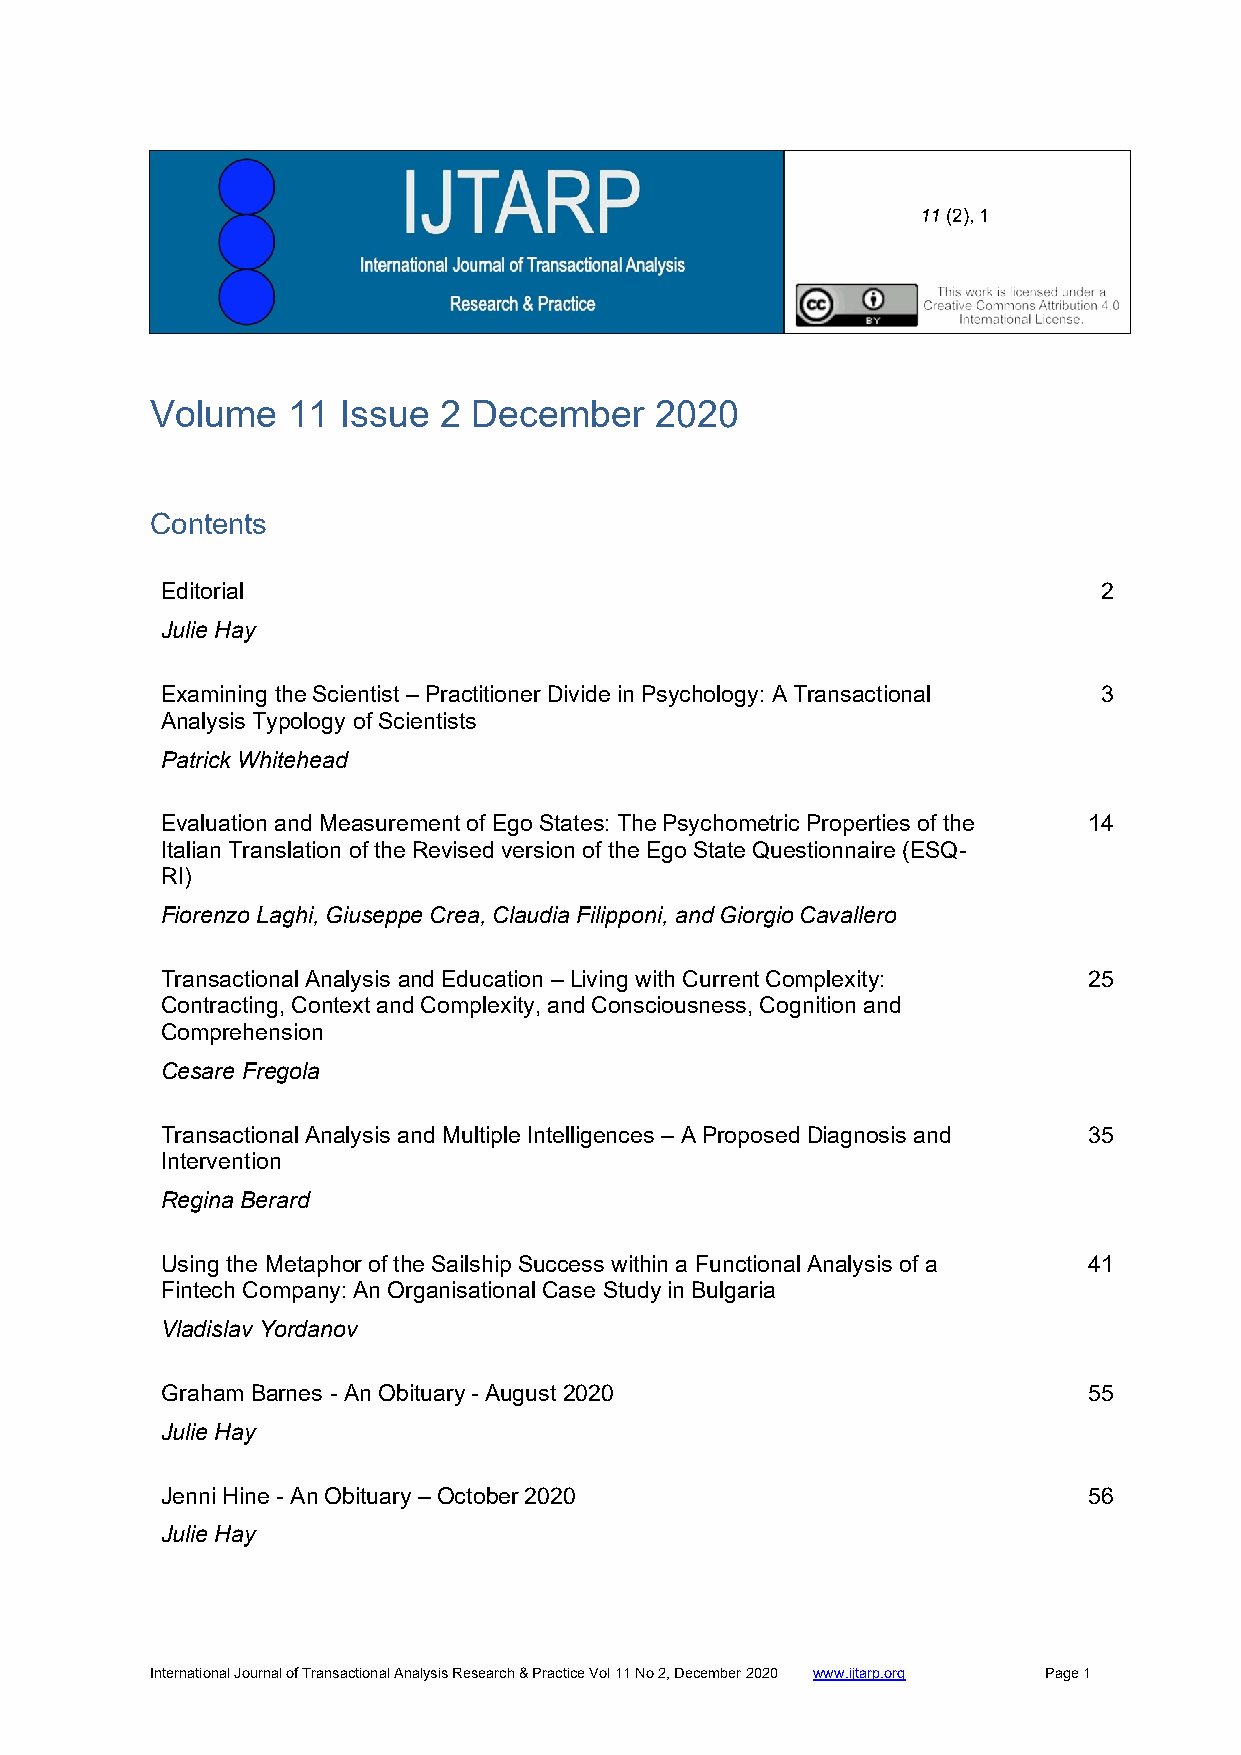
11 (2 ), 1
 Volume   11 Issue  2 December    2020
 Contents
 Editorial                                                     2
 Julie Hay
 Examining the Scientist – Practitioner Divide in Psychology: A Transactional 3
 Analysis Typology of Scientists
 Patrick Whitehead
 Evaluation and Measurement of Ego States: The Psychometric Properties of the 14
 Italian Translation of the Revised version of the Ego State Questionnaire (ESQ-
 RI)
 Fiorenzo Laghi, Giuseppe Crea, Claudia Filipponi, and Giorgio Cavallero
 Transactional Analysis and Education – Living with Current Complexity: 25
 Contracting, Context and Complexity, and Consciousness, Cognition and
 Comprehension
 Cesare Fregola
 Transactional Analysis and Multiple Intelligences – A Proposed Diagnosis and 35
 Intervention
 Regina Berard
 Using the Metaphor of the Sailship Success within a Functional Analysis of a 41
 Fintech Company: An Organisational Case Study in Bulgaria
 Vladislav Yordanov
 Graham Barnes - An Obituary - August 2020                    55
 Julie Hay
 Jenni Hine - An Obituary – October 2020                      56
 Julie Hay
 International Journal of Transactional Analysis Research & Practice Vol 11 No 2, December 2020 www.ijtarp.org Page 1